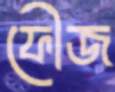
ফৌজ